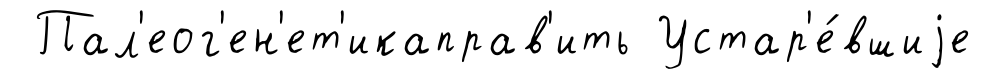
Пал'еог'ен'ет'икаправ'ить Устар'е́вшиjе